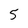
Character: 5